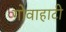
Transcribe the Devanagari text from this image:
गोवाहाटी